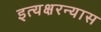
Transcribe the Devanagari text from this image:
इत्यक्षरन्यास